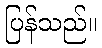
ပြန်သည်။